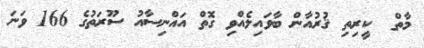
މާތް  ކީރިތި ޤުރުއާން ބާވައިލެއްވި ގޮތް އައްނިސާއު ސޫރަތުގެ 166 ވަނަ